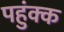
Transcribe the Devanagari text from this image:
पहुंक्क